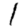
Digit: 1